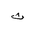
Letter: _tha